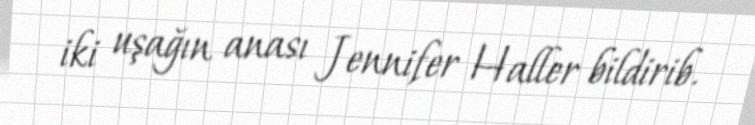
iki uşağın anası Jennifer Haller bildirib.